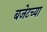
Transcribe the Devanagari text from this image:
बजेटच्या